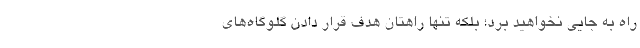
راه به جایی نخواهید برد؛ بلکه تنها راهتان هدف قرار دادن گلوگاه‌های